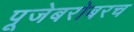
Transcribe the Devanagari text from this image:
पूजेबरोबरच